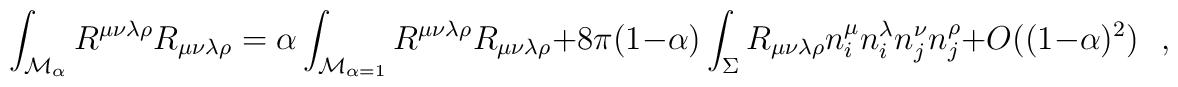
\int_{{\cal M}_{\alpha}}R^{\mu\nu\lambda\rho}R_{\mu\nu\lambda\rho}=\alpha\int_{{\cal M}_{\alpha=1}} R^{\mu\nu\lambda\rho}R_{\mu\nu\lambda\rho}+8\pi(1-\alpha)\int_{\Sigma}R_{\mu\nu\lambda\rho}n^{\mu}_in^{\lambda}_in^{\nu}_j n^{\rho}_j+O((1-\alpha)^2)~~~,